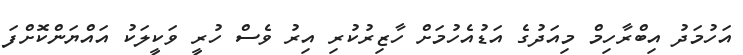
އަހުމަދު އިބްރާހިމް މިއަދުގެ އަޑުއެހުމަށް ހާޒިރުކުރި އިރު ވެސް ހުރީ ވަކީލަކު އައްޔަންކޮށްފަ